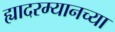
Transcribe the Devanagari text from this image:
ह्यादरम्यानच्या